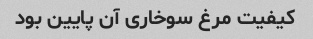
کیفیت مرغ سوخاری آن پایین بود